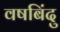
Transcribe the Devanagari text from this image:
वषबिंदु